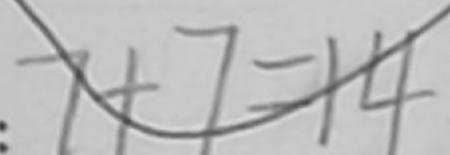
7 + 7 = 1 4